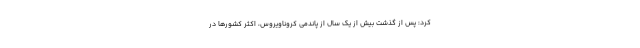
کرد: پس از گذشت بیش از یک سال از پاندمی کروناویروس، اکثر کشورها در